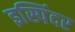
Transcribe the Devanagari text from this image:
इस्पिंदर